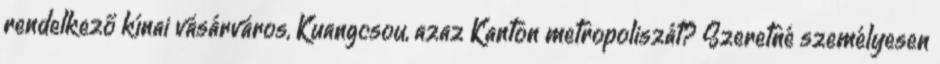
rendelkező kínai vásárváros, Kuangcsou, azaz Kanton metropoliszát? Szeretné személyesen